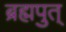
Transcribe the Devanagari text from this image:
ब्रह्मपुत्